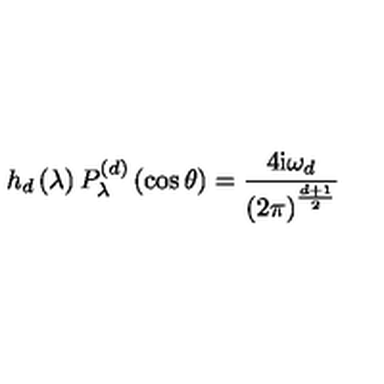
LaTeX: h _ { d } \left( \lambda \right) P _ { \lambda } ^ { \left( d \right) } \left( \cos \theta \right) = \frac { 4 \mathrm { i } \omega _ { d } } { \left( 2 \pi \right) ^ { \frac { d + 1 } { 2 } } }